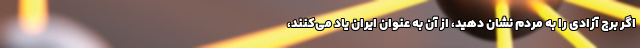
اگر برج آزادی را به مردم نشان دهید، از آن به عنوان ایران یاد می‌کنند،